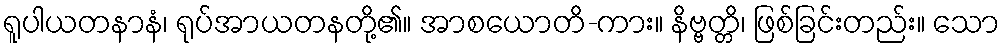
ရူပါယတနာနံ၊ ရုပ်အာယတနတို့၏။ အာစယောတိ-ကား။ နိဗ္ဗတ္တိ၊ ဖြစ်ခြင်းတည်း။ သော